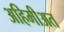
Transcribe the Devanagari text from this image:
अहिमीअत